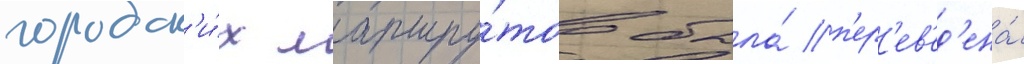
городск'и́х маршру́тов была́ п'ер'ев'ед'ена́